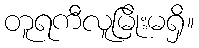
တူရကီလူမြိုးမရှိ။